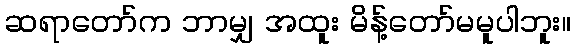
ဆရာတော်က ဘာမျှ အထူး မိန့်တော်မမူပါဘူး။